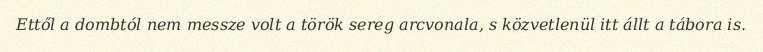
Ettől a dombtól nem messze volt a török sereg arcvonala, s közvetlenül itt állt a tábora is.